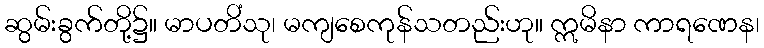
ဆွမ်းခွက်တို့၌။ မာပတိံသု၊ မကျစေကုန်သတည်းဟု။ ဣမိနာ ကာရဏေန၊